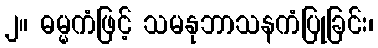
၂။ ဓမ္မကံဖြင့် သမနုဘာသနကံပြုခြင်း၊